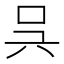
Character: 𠯵